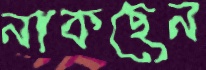
নাকছেন